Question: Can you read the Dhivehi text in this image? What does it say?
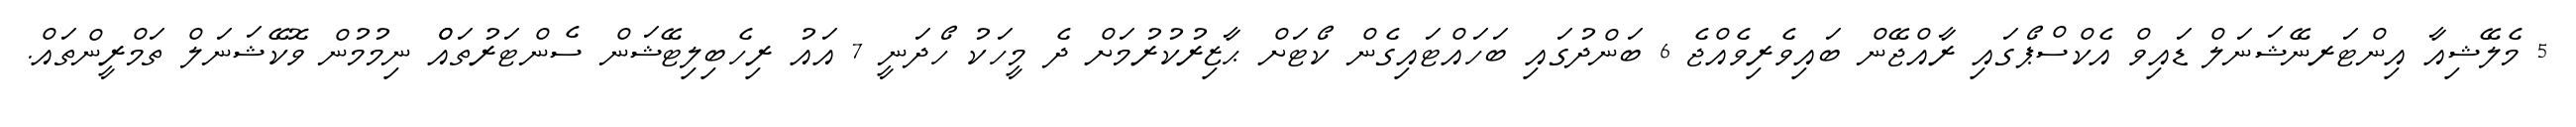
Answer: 5 މެލޭޝިއާ އިންޓަރނޭޝަނަލް ޑައިވް އެކްސްޕޯގައި ރާއްޖޭން ބައިވެރިވެއްޖެ 6 ބަންދުގައި ބަހައްޓައިގެން ކޯޓަށް ޙާޒިރުކުރުމަށް ދެ މީހަކު ހޯދަނީ 7 އައު ރިހެބިލިޓޭޝަން ސެންޓަރުތައްް ނިމުމުން ވޮކޭޝަނަލް ތަމްރީންތައް.